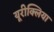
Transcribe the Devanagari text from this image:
यूरीक्लिया